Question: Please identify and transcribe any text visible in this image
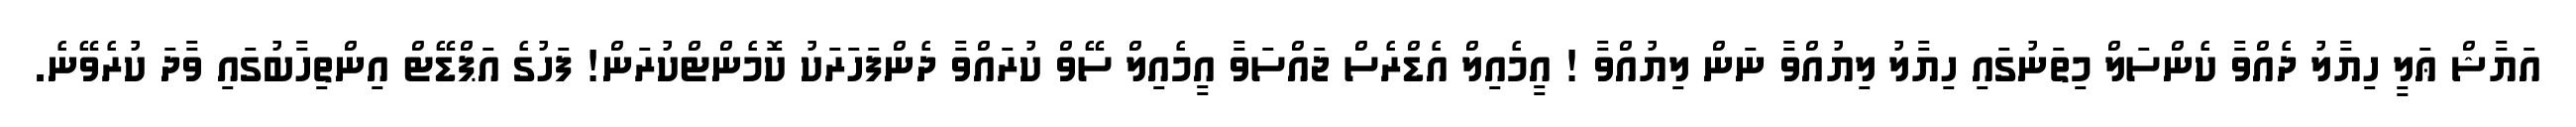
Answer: އަޔާޝް ޢަލީ ހިޔާލު ދެއްވާ ކެންސަލް މިތަނުގައި ހިޔާލު ލިޔުއްވާ ނަން ލިޔުއްވާ ! އީމެއިލް އެޑްރެސް ޖައްސަވާ އީމެއިލް ސޭވް ކުރައްވާ ދެންފަހަރަކު ކޮމެންޓްކުރަން! ފަހުގެ އަޕްޑޭޓް އިންތިހާބުގައި ވާދަ ކުރެވޭނެ.